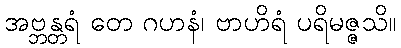
အဗ္ဘန္တရံ တေ ဂဟနံ၊ ဗာဟိရံ ပရိမဇ္ဇသိ။